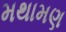
મથામણ